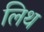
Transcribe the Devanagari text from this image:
लिथ